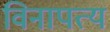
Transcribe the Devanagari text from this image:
विनापत्य